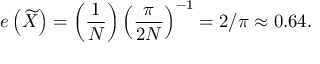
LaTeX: e \left( { \widetilde { X } } \right) = \left( { \frac { 1 } { N } } \right) \left( { \frac { \pi } { 2 N } } \right) ^ { - 1 } = 2 / \pi \approx 0 . 6 4 .